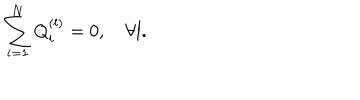
\sum _ { i = 1 } ^ { N } Q _ { i } ^ { ( l ) } = 0 , \quad \forall l .